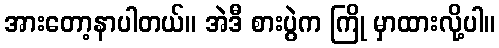
အားတော့နာပါတယ်။ အဲဒီ စားပွဲက ကြို မှာထားလို့ပါ။